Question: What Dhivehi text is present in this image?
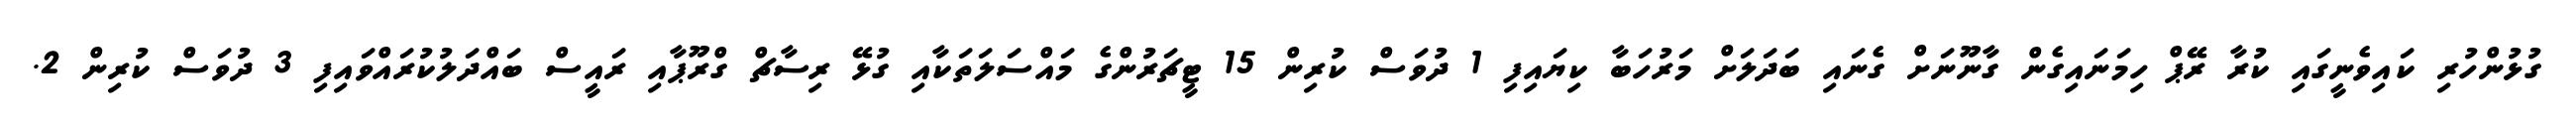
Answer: ގުޅުންހުރި ކައިވެނީގައި ކުރާ ރޭޕް ހިމަނައިގެން ގާނޫނަށް ގެނައި ބަދަލަށް މަރުހަބާ ކިޔައިފި 1 ދުވަސް ކުރިން 15 ޓީޗަރުންގެ މައްސަލަތަކާއި ގުޅޭ ރިސާޗް ގްރޫޕާއި ރައީސް ބައްދަލުކުރައްވައިފި 3 ދުވަސް ކުރިން 2.